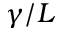
\gamma / L